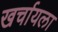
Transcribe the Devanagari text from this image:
खर्चायला